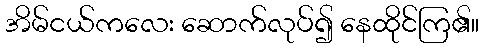
အိမ်ငယ်ကလေး ဆောက်လုပ်၍ နေထိုင်ကြ၏။